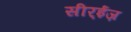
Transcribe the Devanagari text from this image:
सीर्‍ईज़